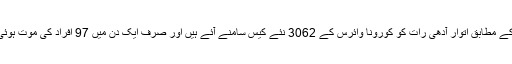
بیان کے مطابق اتوار آدھی رات کو کورونا وائرس کے 3062 نئے کیس سامنے آئے ہیں اور صرف ایک دن میں 97 افراد کی موت ہوئی ہے۔